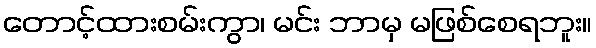
တောင့်ထားစမ်းကွာ၊ မင်း ဘာမှ မဖြစ်စေရဘူး။